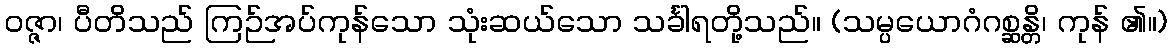
ဝဇ္ဇာ၊ ပီတိသည် ကြဉ်အပ်ကုန်သော သုံးဆယ်သော သင်္ခါရတို့သည်။ (သမ္ပယောဂံဂစ္ဆန္တိ၊ ကုန် ၏။)